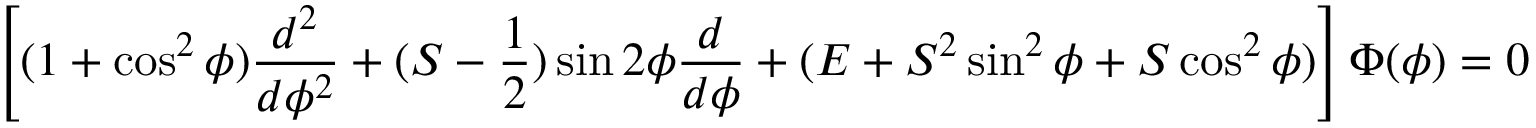
\left[ ( 1 + \cos ^ { 2 } \phi ) \frac { d ^ { 2 } } { d \phi ^ { 2 } } + ( S - \frac { 1 } { 2 } ) \sin 2 \phi \frac { d } { d \phi } + ( E + S ^ { 2 } \sin ^ { 2 } \phi + S \cos ^ { 2 } \phi ) \right] \Phi ( \phi ) = 0